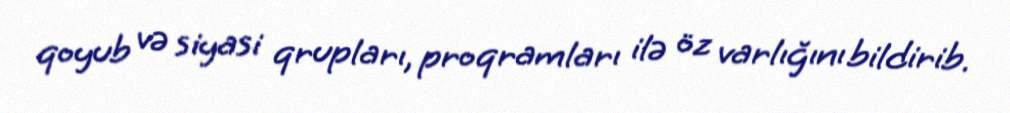
qoyub və siyasi qrupları, proqramları ilə öz varlığını bildirib.